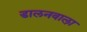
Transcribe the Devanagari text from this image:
डालनवाला़